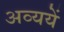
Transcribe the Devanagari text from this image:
अव्ययें